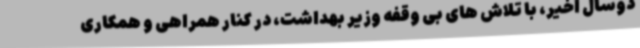
دوسال اخیر، با تلاش های بی وقفه وزیر بهداشت، در کنار همراهی و همکاری